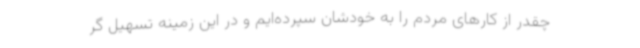
چقدر از کارهای مردم را به خودشان سپرده‌ایم و در این زمینه تسهیل گر